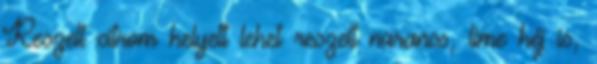
Reszelt citrom helyett lehet reszelt narancs, lime héj is,